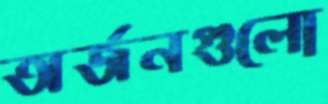
অর্জনগুলো